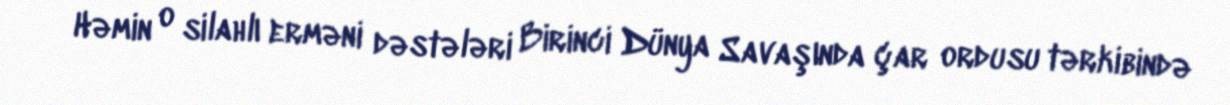
Həmin o silahlı erməni dəstələri Birinci Dünya Savaşında çar ordusu tərkibində